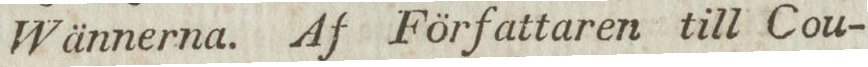
Wännerna. Af Författaren till Cou-